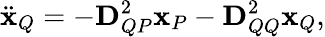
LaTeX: \ddot{\mathbf{x}}_{Q}=-\mathbf{D}_{QP}^{2}\mathbf{x}_{P}-\mathbf{D}_{QQ}^{2}\mathbf{x}_{Q},